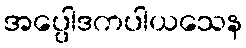
အပ္ပေါဒကပါယသေန